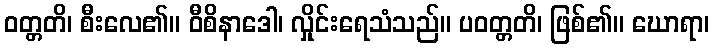
ဝတ္တတိ၊ စီးလေ၏။ ဝီစိနာဒေါ၊ လှိုင်းရေသံသည်။ ပဝတ္တတိ၊ ဖြစ်၏။ ဃောရာ၊